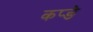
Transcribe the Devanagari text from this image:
कप्ङे